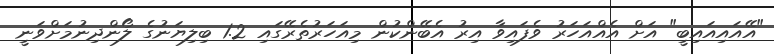
"އޭއައިއައިބީ" އަށް އެއްއަހަރު ވެފައިވާ އިރު އެބޭންކުން މިއަހަރުތެރޭގައި 1.2 ބިލިޔަނުގެ ލޯންދިނުމަށްވަނީ